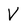
Character: V